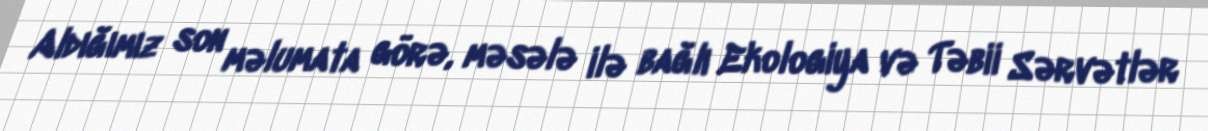
Aldığımız son məlumata görə, məsələ ilə bağlı Ekologiya və Təbii Sərvətlər